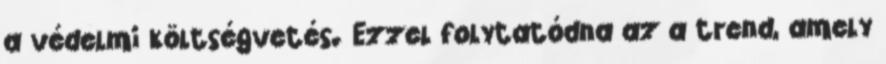
a védelmi költségvetés. Ezzel folytatódna az a trend, amely